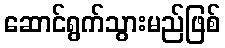
ဆောင်ရွက်သွားမည်ဖြစ်